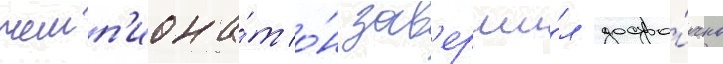
чемп'иона́т о́н зав'ерши́л досро́чно